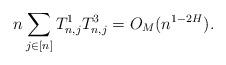
LaTeX: \begin{align*} n\sum_{j\in[n]}T^{1}_{n,j}T^{3}_{n,j} = O_M(n^{1-2H}).\end{align*}